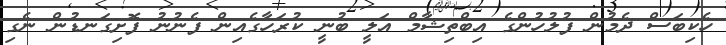
ހެކިބަސް ދެމުން ފުލުހުންގެ އިބްތިޝާމް އަލީ ބުނީ ކުރަހާގެއިން ފެނުނު ފޮށިގަނޑުން ނެގި